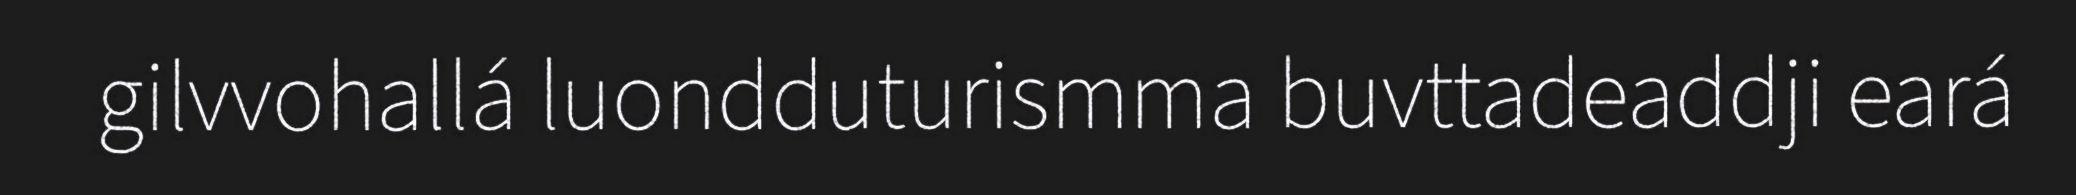
gilvvohallá luondduturismma buvttadeaddji eará